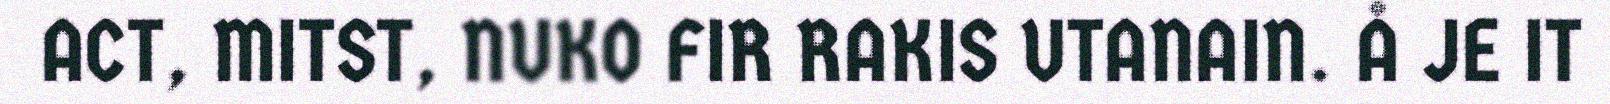
ACT, MITST, NUKO FIR RAKIS UTANAIN. Å JE IT